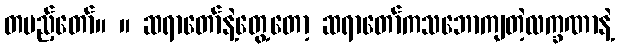
တပည့်တော်။ ။ ဆရာတော်နဲ့တွေ့တော့ ဆရာတော်ကသဘောကျတဲ့လက္ခဏာနဲ့